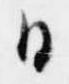
日